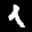
Label: 1